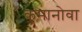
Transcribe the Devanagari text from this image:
कुमानोवा